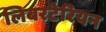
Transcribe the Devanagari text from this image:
लिबरटेरियन